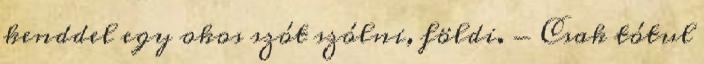
kenddel egy okos szót szólni, földi. - Csak tótul